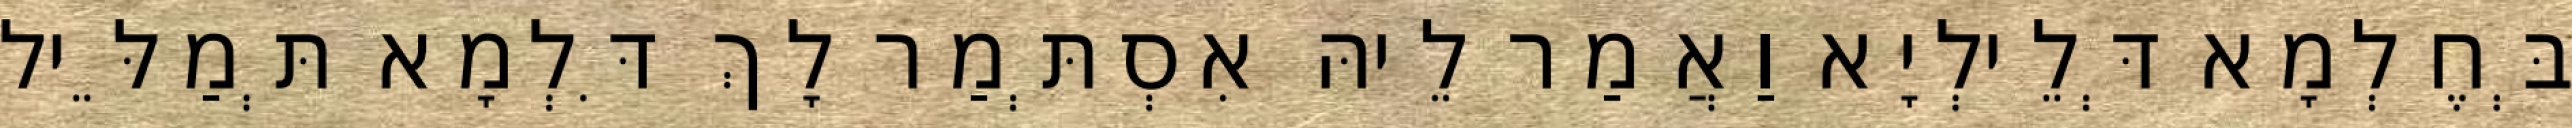
בְּחֶלְמָא דְּלֵילְיָא וַאֲמַר לֵיהּ אִסְתְּמַר לָךְ דִּלְמָא תְּמַלֵּיל